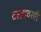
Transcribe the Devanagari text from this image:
दहडावरही